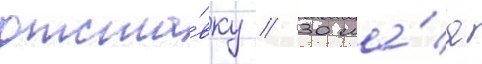
отста́вку // 30 ма́я